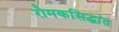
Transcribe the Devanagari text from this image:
रोमकसिद्धांत